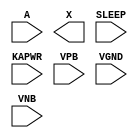
/**
 * Copyright 2020 The SkyWater PDK Authors
 *
 * Licensed under the Apache License, Version 2.0 (the "License");
 * you may not use this file except in compliance with the License.
 * You may obtain a copy of the License at
 *
 *     https://www.apache.org/licenses/LICENSE-2.0
 *
 * Unless required by applicable law or agreed to in writing, software
 * distributed under the License is distributed on an "AS IS" BASIS,
 * WITHOUT WARRANTIES OR CONDITIONS OF ANY KIND, either express or implied.
 * See the License for the specific language governing permissions and
 * limitations under the License.
 *
 * SPDX-License-Identifier: Apache-2.0
 */

`ifndef SKY130_FD_SC_LP__ISO1P_PP_SYMBOL_V
`define SKY130_FD_SC_LP__ISO1P_PP_SYMBOL_V

/**
 * iso1p: ????.
 *
 * Verilog stub (with power pins) for graphical symbol definition
 * generation.
 *
 * WARNING: This file is autogenerated, do not modify directly!
 */

`timescale 1ns / 1ps
`default_nettype none

(* blackbox *)
module sky130_fd_sc_lp__iso1p (
    //# {{data|Data Signals}}
    input  A    ,
    output X    ,

    //# {{power|Power}}
    input  SLEEP,
    input  KAPWR,
    input  VPB  ,
    input  VGND ,
    input  VNB
);
endmodule

`default_nettype wire
`endif  // SKY130_FD_SC_LP__ISO1P_PP_SYMBOL_V